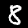
Label: 8